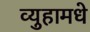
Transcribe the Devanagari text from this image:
व्युहामधे